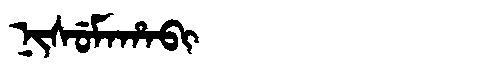
Manchu: ᠨᡳᠰᡠᠮᠠᡥᠠᠪᡳ
Romanization: NISUMAHABI